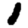
Digit: 1